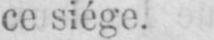
ce siége.